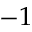
- 1